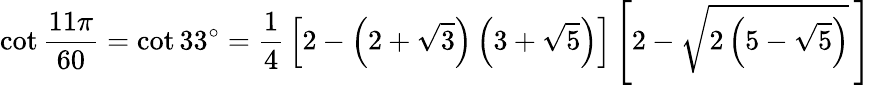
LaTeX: \cot{\frac{11\pi}{60}}=\cot 33^{\circ}={\frac{1}{4}}\left[2-\left(2+{\sqrt{3}}\right)\left(3+{\sqrt{5}}\right)\right]\left[2-{\sqrt{2\left(5-{\sqrt{5}}\right)}}\, \right]